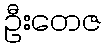
ဦးတေဇ